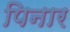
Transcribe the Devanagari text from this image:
पिनार